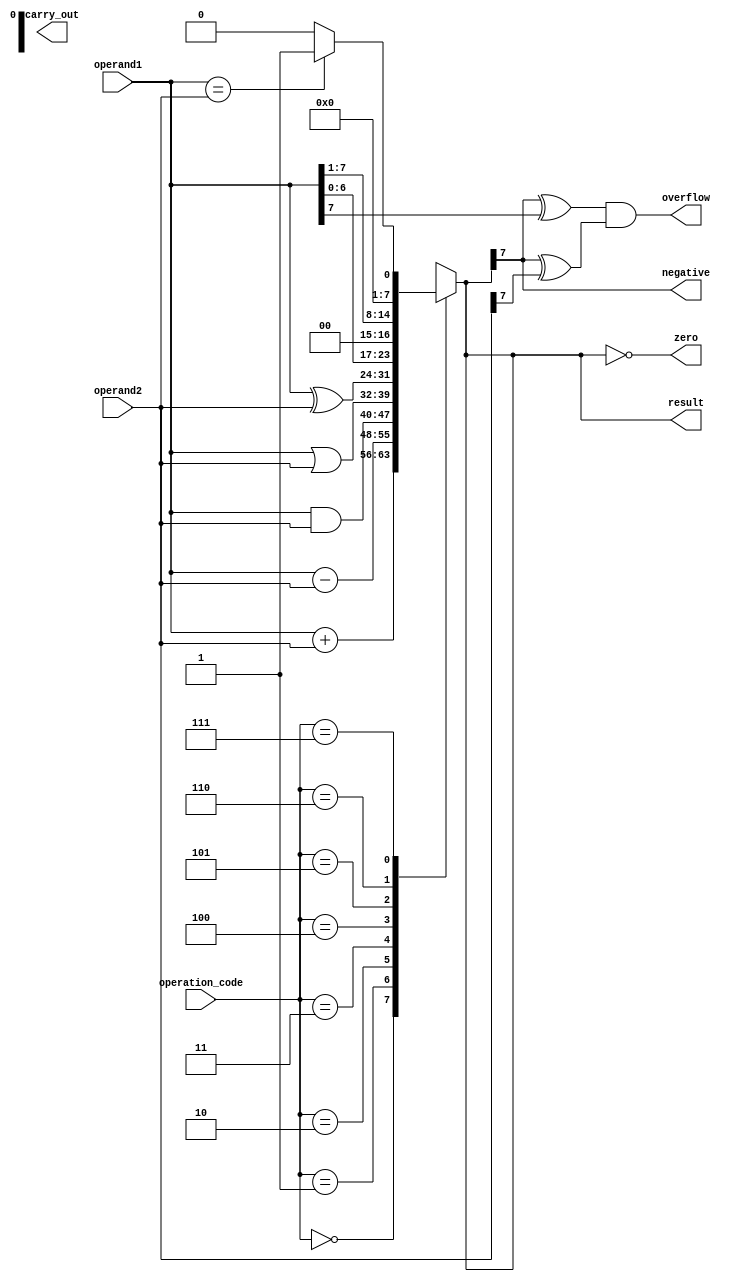
module ALU(input [7:0] operand1, input [7:0] operand2, 
           input [2:0] operation_code, 
           output reg [7:0] result, 
           output reg carry_out, overflow, zero, negative);
  
  always @(operand1, operand2, operation_code) begin
    case(operation_code)
      3'b000: result = operand1 + operand2; // Addition
      3'b001: result = operand1 - operand2; // Subtraction
      3'b010: result = operand1 & operand2; // AND
      3'b011: result = operand1 | operand2; // OR
      3'b100: result = operand1 ^ operand2; // XOR
      3'b101: result = operand1 << 1; // Left shift
      3'b110: result = operand1 >> 1; // Right shift
      3'b111: begin // Comparison
        if(operand1 == operand2) 
          result = 8'b00000001;
        else 
          result = 8'b00000000;
      end
    endcase
    
    carry_out = (result[8] == 1); // Check for carry out
    overflow = (result[7] ^ operand1[7]) & (result[7] ^ operand2[7]); // Check for overflow
    zero = (result == 8'b00000000); // Check for zero output
    negative = (result[7] == 1); // Check for negative output
  end
  
endmodule